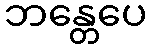
ဘန္တေပေ